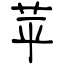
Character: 苹